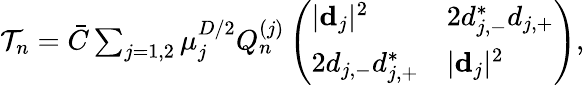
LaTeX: \begin{array}{r}{\mathcal{T}_{n}=\bar{C}\sum_{j=1,2}\mu_{j}^{D/2}Q_{n}^{(j)}\left(\begin{array}{ll}{|{\mathbf d}_{j}|^{2}}&{2d_{j,-}^{*}d_{j,+}}\\ {2d_{j,-}d_{j,+}^{*}}&{|{\mathbf d}_{j}|^{2}}\end{array}\right),}\end{array}